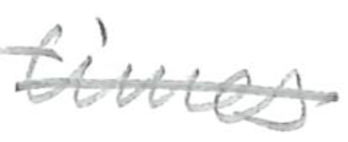
Text: times
Cross-out: single-line
Writing tool: pencil